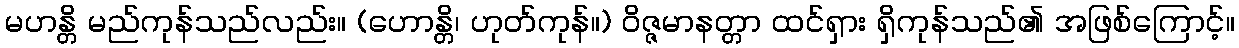
မဟန္တိ မည်ကုန်သည်လည်း။ (ဟောန္တိ၊ ဟုတ်ကုန်။) ဝိဇ္ဇမာနတ္တာ ထင်ရှား ရှိကုန်သည်၏ အဖြစ်ကြောင့်။